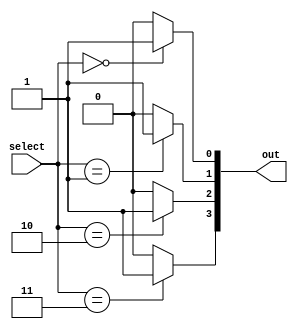
module encoder(
input [1:0] select, 
output [3:0] out);
  // 2    4   

  assign out[0] = (select == 2'b00) ? 1'b1 : 1'b0;
  assign out[1] = (select == 2'b01) ? 1'b1 : 1'b0;
  assign out[2] = (select == 2'b10) ? 1'b1 : 1'b0;
  assign out[3] = (select == 2'b11) ? 1'b1 : 1'b0;
endmodule